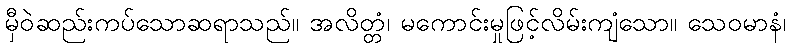
မှီဝဲဆည်းကပ်သောဆရာသည်။ အလိတ္တံ၊ မကောင်းမှုဖြင့်လိမ်းကျံသော။ သေဝမာနံ၊